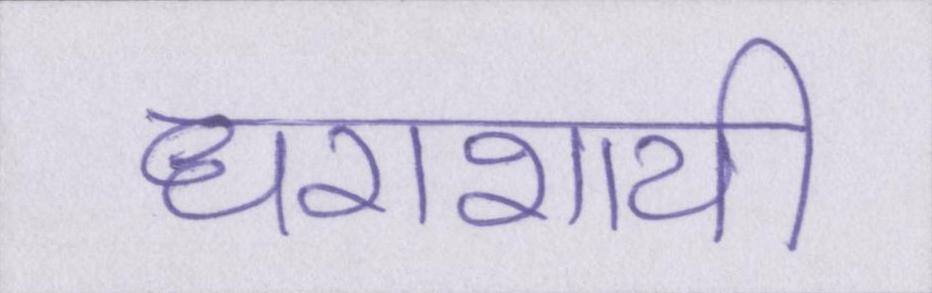
धराशायी